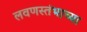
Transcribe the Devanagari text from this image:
लवणस्तंभाच्या